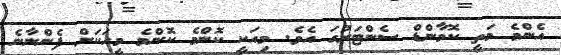
އެންމެ މަތީ ކޮމާންޑް ސެންޓަރުގަ އެވެ. މިއަކީ ކޮންމެ ކޮންމެ މީހަކަށް ފެންނާނެ